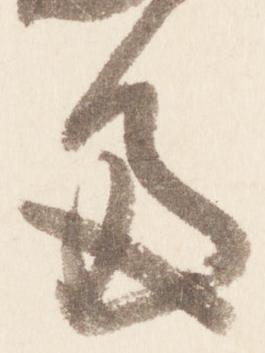
多